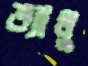
ভ্যালু